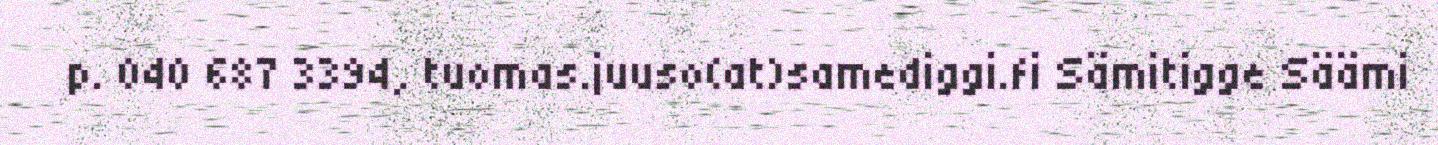
p. 040 687 3394, tuomas.juuso(at)samediggi.fi Sämitigge Säämi